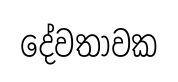
දේවතාවක